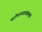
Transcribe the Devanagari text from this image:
चटोपाध्यायांप्रमाणे